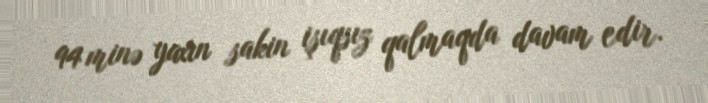
94 minə yaxın sakin işıqsız qalmaqda davam edir.